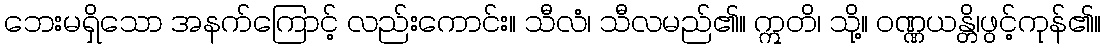
ဘေးမရှိသော အနက်ကြောင့် လည်းကောင်း။ သီလံ၊ သီလမည်၏။ ဣတိ၊ သို့။ ဝဏ္ဏယန္တိ၊ဖွင့်ကုန်၏။